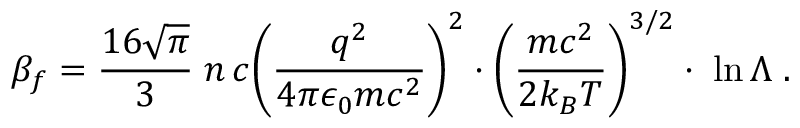
\beta _ { f } = \frac { 1 6 \sqrt { \pi } } { 3 } \; n \, c { \left( \frac { q ^ { 2 } } { 4 \pi \epsilon _ { 0 } m c ^ { 2 } } \right) } ^ { 2 } \cdot { \left( \frac { m c ^ { 2 } } { 2 k _ { B } T } \right) } ^ { 3 / 2 } \cdot \; \ln \Lambda \; .